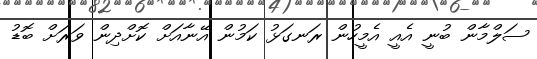
ސަލްމާން ބުނީ އެއީ އެމީހުން ރަނގަޅު ކަމުން އޭނާއަށް ކޮށްދިން ވަރަށް ބޮޑު